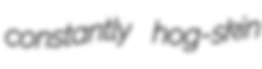
constantly hog-skin